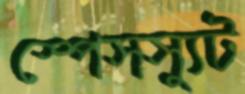
স্পেসস্যুট